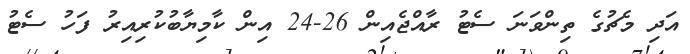
އަދި މެޗުގެ ތިންވަނަ ސެޓު ރާއްޖެއިން 26-24 އިން ކާމިޔާބުކުރިއިރު ފަހު ސެޓު